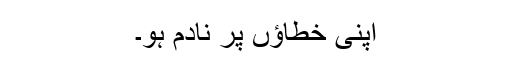
اپنی خطاؤں پر نادم ہو۔